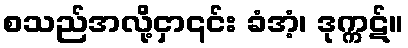
စသည်အလို့ငှာ၎င်း ခံအံ့၊ ဒုက္ကဋ်။